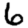
Digit: 6